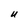
Character: U